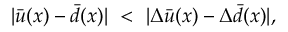
| \bar { u } ( x ) - \bar { d } ( x ) | \ < \ | \Delta \bar { u } ( x ) - \Delta \bar { d } ( x ) | ,